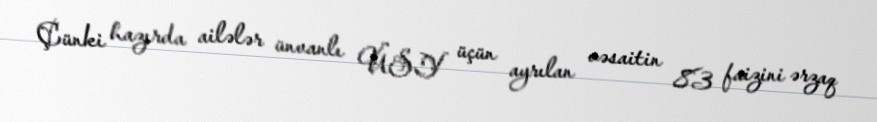
Çünki hazırda ailələr ünvanlı ÜSY üçün ayrılan vəsaitin 83 faizini ərzaq